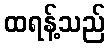
ထရန့်သည်